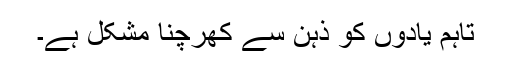
تاہم یادوں کو ذہن سے کھرچنا مشکل ہے۔